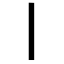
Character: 丨